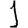
Digit: 1